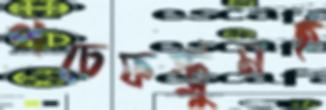
পচেফস্ট্রুমই